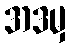
အဒမှ